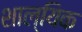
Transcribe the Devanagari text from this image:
शाल्यिक